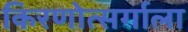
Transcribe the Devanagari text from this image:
किरणोत्सर्गाला